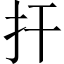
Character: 扞